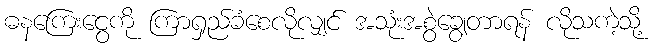
ဓနကြေးငွေကို ကြာရှည်ခံစေလိုလျှင် အသုံးအစွဲချွေတာရန် လိုသကဲ့သို့